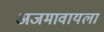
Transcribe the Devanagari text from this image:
अजमावायला